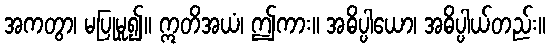
အကတွာ၊ မပြုမူ၍။ ဣတိအယံ၊ ဤကား။ အဓိပ္ပါယော၊ အဓိပ္ပါယ်တည်း။